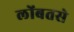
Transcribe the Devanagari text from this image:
लोंबतसे